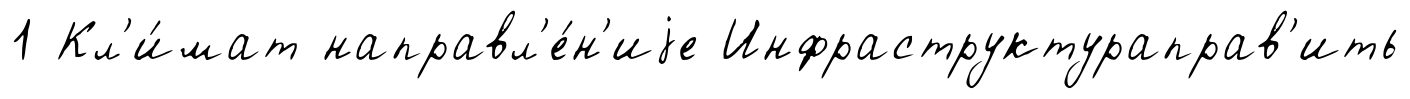
1 Кл'и́мат направл'е́н'иjе Инфраструктураправ'ить